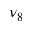
\nu _ { 8 }